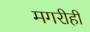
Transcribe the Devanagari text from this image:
मगरीही